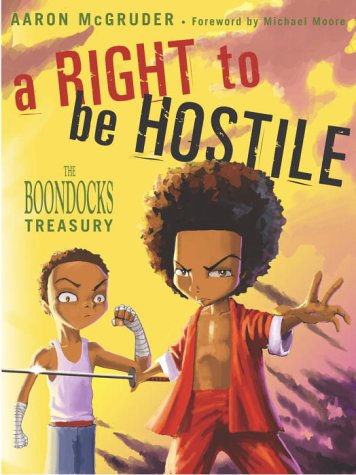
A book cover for A Right to Be Hostile: The Boondocks Treasury; Aaron McGruder; Humor & Entertainment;